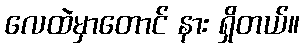
လေထဲမှာတောင် နား ရှိတယ်။